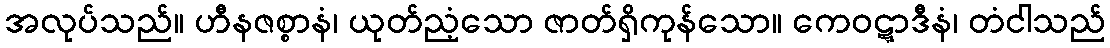
အလုပ်သည်။ ဟီနဇစ္စာနံ၊ ယုတ်ညံ့သော ဇာတ်ရှိကုန်သော။ ကေဝဋ္ဋာဒီနံ၊ တံငါသည်